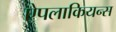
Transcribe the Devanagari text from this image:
ऐपलाकियन्स